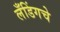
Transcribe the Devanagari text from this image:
लँडिंगचे